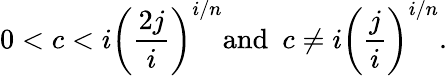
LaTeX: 0<c<i\left(\frac{2j}{i}\right)^{i/n}\mathrm{and}\ \ c\neq i\left(\frac{j}{i}\right)^{i/n}.